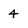
Character: 4